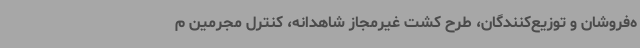
ه‌فروشان و توزیع‌کنندگان، طرح کشت غیرمجاز شاهدانه، کنترل مجرمین م